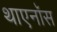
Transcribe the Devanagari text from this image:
थाएनॉस